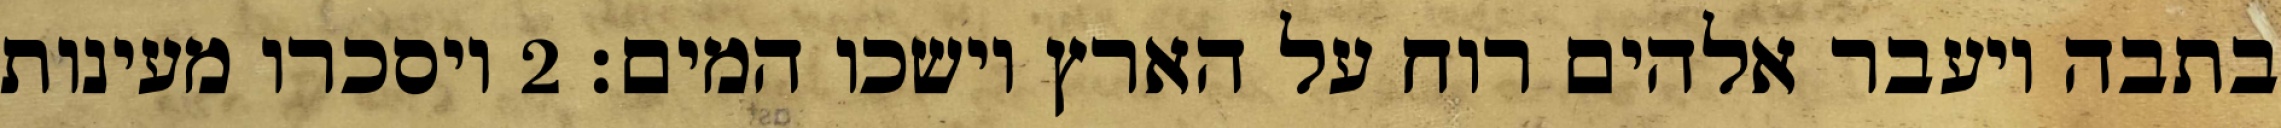
בתבה ויעבר אלהים רוח על הארץ וישכו המים׃ ‎2‏ ויסכרו מעינות